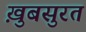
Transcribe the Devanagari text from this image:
ख़ुबसुरत